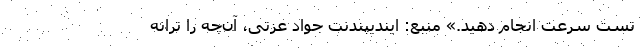
تست سرعت انجام دهید.» منبع: ایندیپندنت جواد عزتی، آن‌چه را ترانه